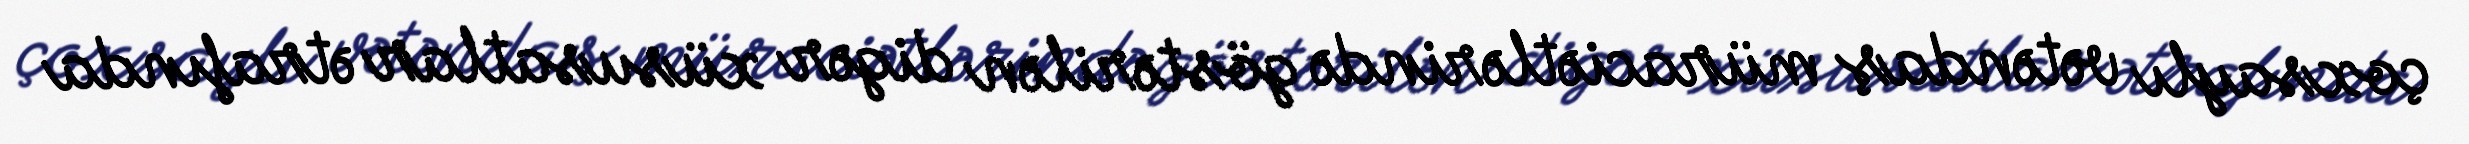
çoxsaylı vətəndaş müraciətlərində göstərilən digər xüsusatlar ətrafında